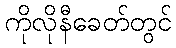
ကိုလိုနီခေတ်တွင်